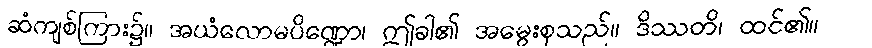
ဆံကျစ်ကြား၌။ အယံလောမပိဏ္ဍော၊ ဤခါ၏ အမွေးစုသည်။ ဒိဿတိ၊ ထင်၏။